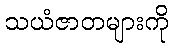
သယံဇာတများကို